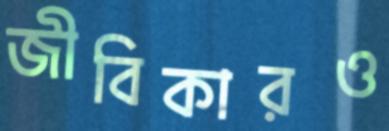
জীবিকারও